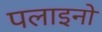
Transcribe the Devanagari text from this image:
पलाइनो